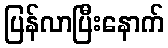
ပြန်လာပြီးနောက်